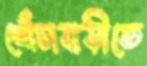
খোঁচাবাড়ীতে